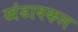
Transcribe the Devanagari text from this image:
खंडावकल